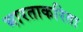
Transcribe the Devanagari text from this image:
भारताकरिता